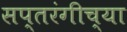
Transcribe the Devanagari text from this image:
सप्तरंगीच्या